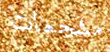
مشجعات